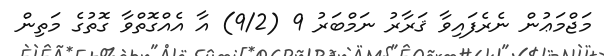
މަޖްމަޢުން ނެރެފައިވާ ޤަރާރު ނަމްބަރު 9 (9/2) އާ އެއްގޮތްވާ ގޮތުގެ މަތިން